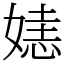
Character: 㜇